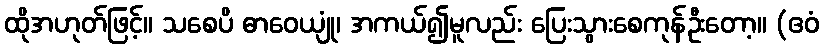
ထိုအဟုတ်ဖြင့်။ သစေပိ ဓာဝေယျုံ၊ အကယ်၍မူလည်း ပြေးသွားစေကုန်ဦးတော့။ (ဧဝံ